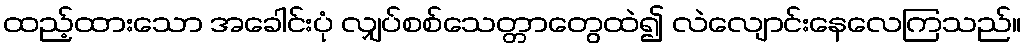
ထည့်ထားသော အခေါင်းပုံ လျှပ်စစ်သေတ္တာတွေထဲ၍ လဲလျောင်းနေလေကြသည်။